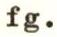
fg.